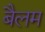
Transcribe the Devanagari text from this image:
बैलम